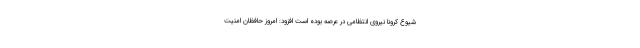
شیوع کرونا نیروی انتظامی در عرصه بوده است افزود: امروز حافظان امنیت